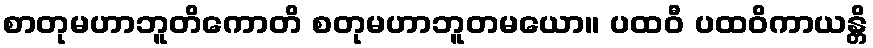
စာတုမဟာဘူတိကောတိ စတုမဟာဘူတမယော။ ပထဝီ ပထဝိကာယန္တိ